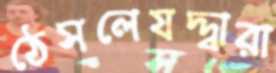
ঠেসলেযদ্দ্বারা